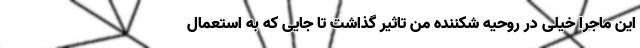
این ماجرا خیلی در روحیه شکننده من تاثیر گذاشت تا جایی که به استعمال